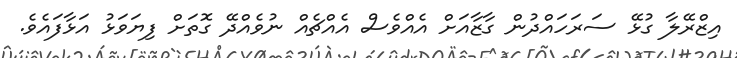
އިޒްރޭލާ ގުޅޭ ސަރަހައްދުން ގާޒާއަށް އެއްވެސް އެއްޗެއް ނުވެއްދޭ ގޮތަށް ފިޔަވަޅު އަޅާފައެވެ.